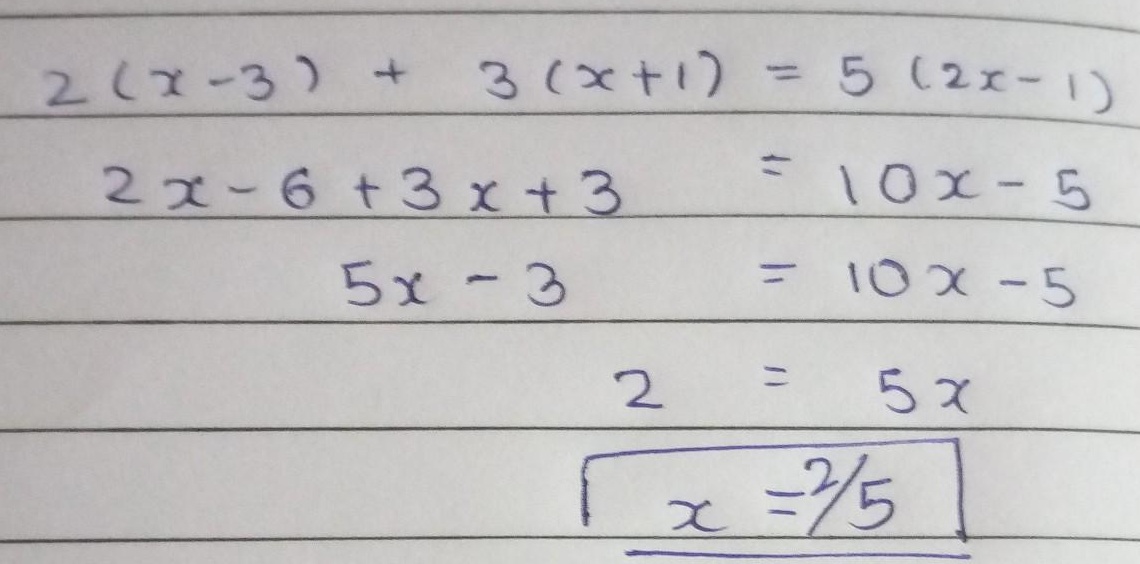
\begin{align*}
2(x - 3)+3(x + 1)&=5(2x - 1)\\
2x-6 + 3x+3&=10x - 5\\
5x - 3&=10x - 5\\
2&=5x\\
x&=\frac{2}{5}
\end{align*}